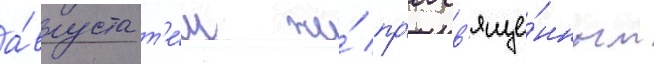
а́вгуста т'е́м же́ пр'еосв'яще́нным